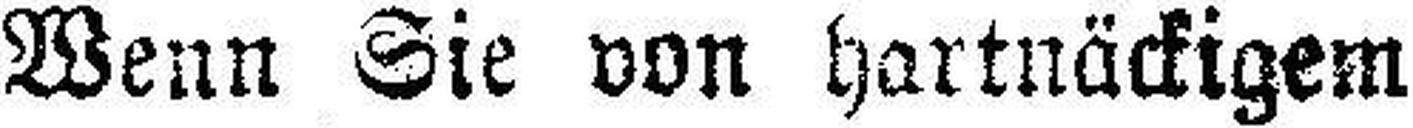
Wenn Sie von hartnäckigem